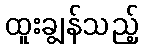
ထူးချွန်သည့်